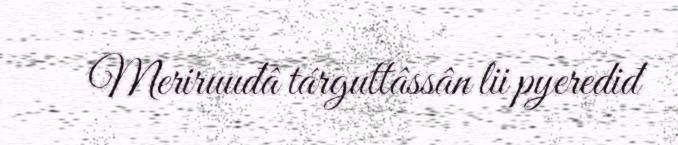
Meriruuđâ tárguttâssân lii pyerediđ